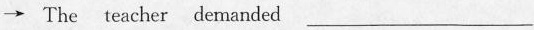
\rightarrow The teacher demanded ___